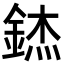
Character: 錰